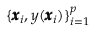
\{ \pmb { x } _ { i } , y ( \pmb { x } _ { i } ) \} _ { i = 1 } ^ { p }